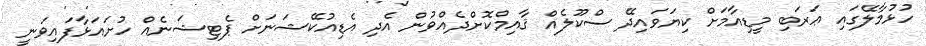
ހުޅުމާލޭގައި ޢަރަބި މީޑިއާމަށް ކިޔަވައިދޭ ސްކޫލެއް ޤާއިމްކޮށްދެއްވުން އެދި އެޑިއުކޭޝަނަށް ޕެޓިޝަނެއް ހުށައަޅާފައިވަނީ